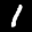
Label: 1